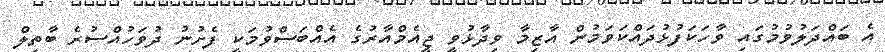
އެ ބައްދަލުވުމުގައި ވާހަކަފުޅުދައްކަވަމުން އާޒިމާ ވިދާޅުވީ ޖީއެމްއާރުގެ އެއްބަސްވުމަކީ ފެށުނު ދުވަހުއްސުރެ ބާތިލް